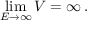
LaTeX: \operatorname * { l i m } _ { E \to \infty } V = \infty \, .